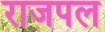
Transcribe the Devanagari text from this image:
राजपल